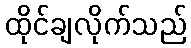
ထိုင်ချလိုက်သည်